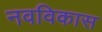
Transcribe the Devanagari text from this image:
नवविकास